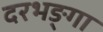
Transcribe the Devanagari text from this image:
दरभङ्गा